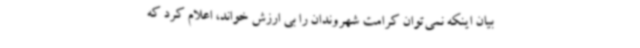
بیان اینکه نمی‌توان کرامت شهروندان را بی ارزش خواند، اعلام کرد که